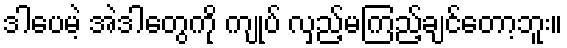
ဒါပေမဲ့ အဲဒါတွေကို ကျုပ် လှည့်မကြည့်ချင်တော့ဘူး။